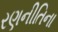
રણનીતિના